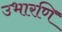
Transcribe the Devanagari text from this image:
उभारणि